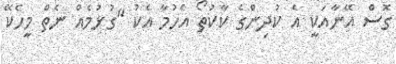
ގޮސް އޭނާއަކީ އެ ކުދިންގެ ކާކުތޯ އެހުމާ އެކު "ގުޅުމެއް ނެތް މީހެކޭ